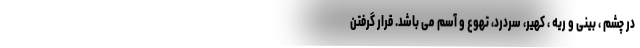
در چشم ، بینی و ریه ، کهیر، سردرد، تهوع و آسم می باشد. قرار گرفتن